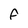
Character: F